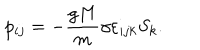
p _ { i j } = - \frac { g M } { m } \gamma \varepsilon _ { i j k } S _ { k } .